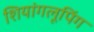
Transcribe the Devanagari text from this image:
शियांगलूपिंग